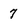
Character: 7